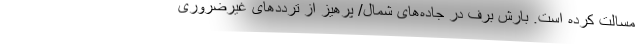
مسالت کرده است. بارش برف در جاده‌های شمال/ پرهیز از ترددهای غیرضروری